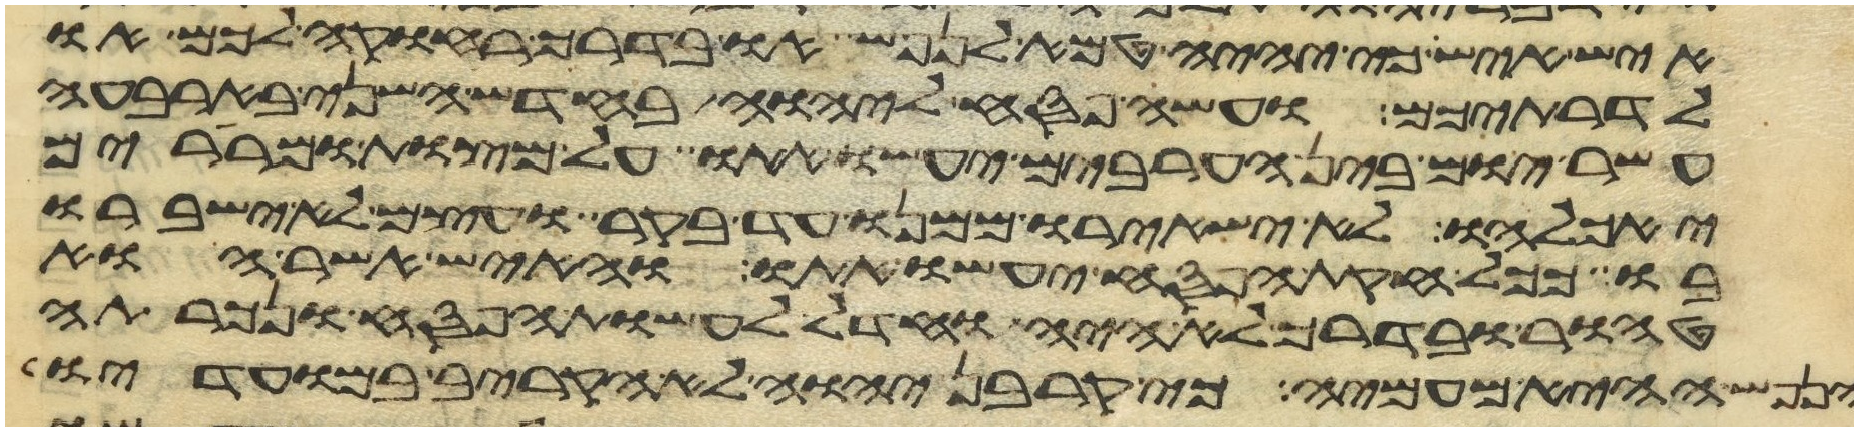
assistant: איש איש כי יהיה טמא לנפש או בדרך רחוקה לכם או
לדרתיכם ועשה פסח ליהוה בחדש השני בארבעה
עשר יום בין הערבים יעשו אתו על מצות ומררים
יאכלהו לא ישאירו ממנו עד בקר ועצם לא ישברו
בו ככל חקות הפסח יעשו אתו והאיש אשר הוא
טהור ובדרך לא היה וחדל לעשות הפסח ונכרתה
הנפש ההיא מעמיה כי קרבן יהוה לא הקריב במועדיו